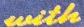
with